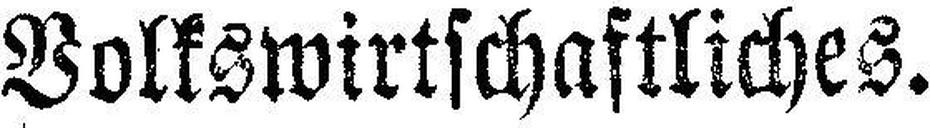
Volkswirtschaftliches.